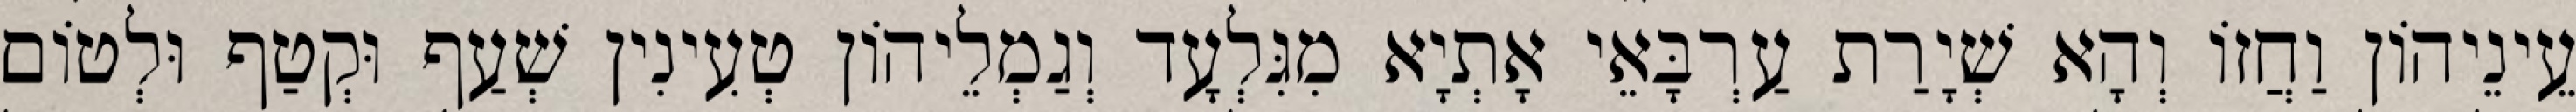
עֵינֵיהוֹן וַחֲזוֹ וְהָא שְׁיָרַת עַרְבָּאֵי אָתְיָא מִגִּלְעָד וְגַמְלֵיהוֹן טְעִינִין שְׁעַף וּקְטַף וּלְטוֹם